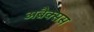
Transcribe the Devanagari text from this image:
अब्रैक्सस